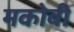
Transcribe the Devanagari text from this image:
मकोबी